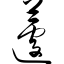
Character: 蘧